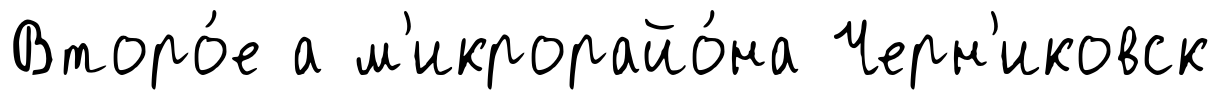
Второ́е а м'икрорайо́на Черн'иковск